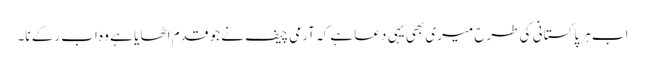
اب ہر پاکستانی کی طرح میری بھی یہی دعا ہے کہ آرمی چیف نے جو قدم اٹھا یا ہے وہ اب رکے نا۔